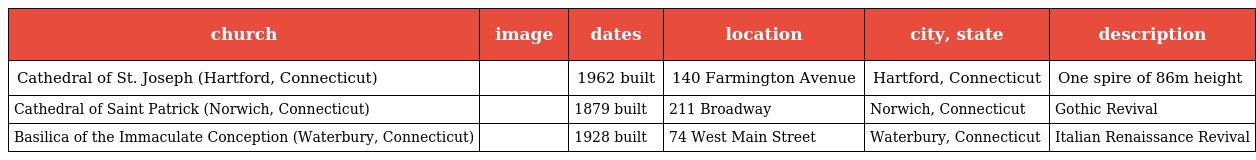
| church | image | dates | location | city, state | description |
 | --- | --- | --- | --- | --- | --- |
 | Cathedral of St. Joseph (Hartford, Connecticut) |  | 1962 built | 140 Farmington Avenue | Hartford, Connecticut | One spire of 86m height |
 | Cathedral of Saint Patrick (Norwich, Connecticut) |  | 1879 built | 211 Broadway | Norwich, Connecticut | Gothic Revival |
 | Basilica of the Immaculate Conception (Waterbury, Connecticut) |  | 1928 built | 74 West Main Street | Waterbury, Connecticut | Italian Renaissance Revival |